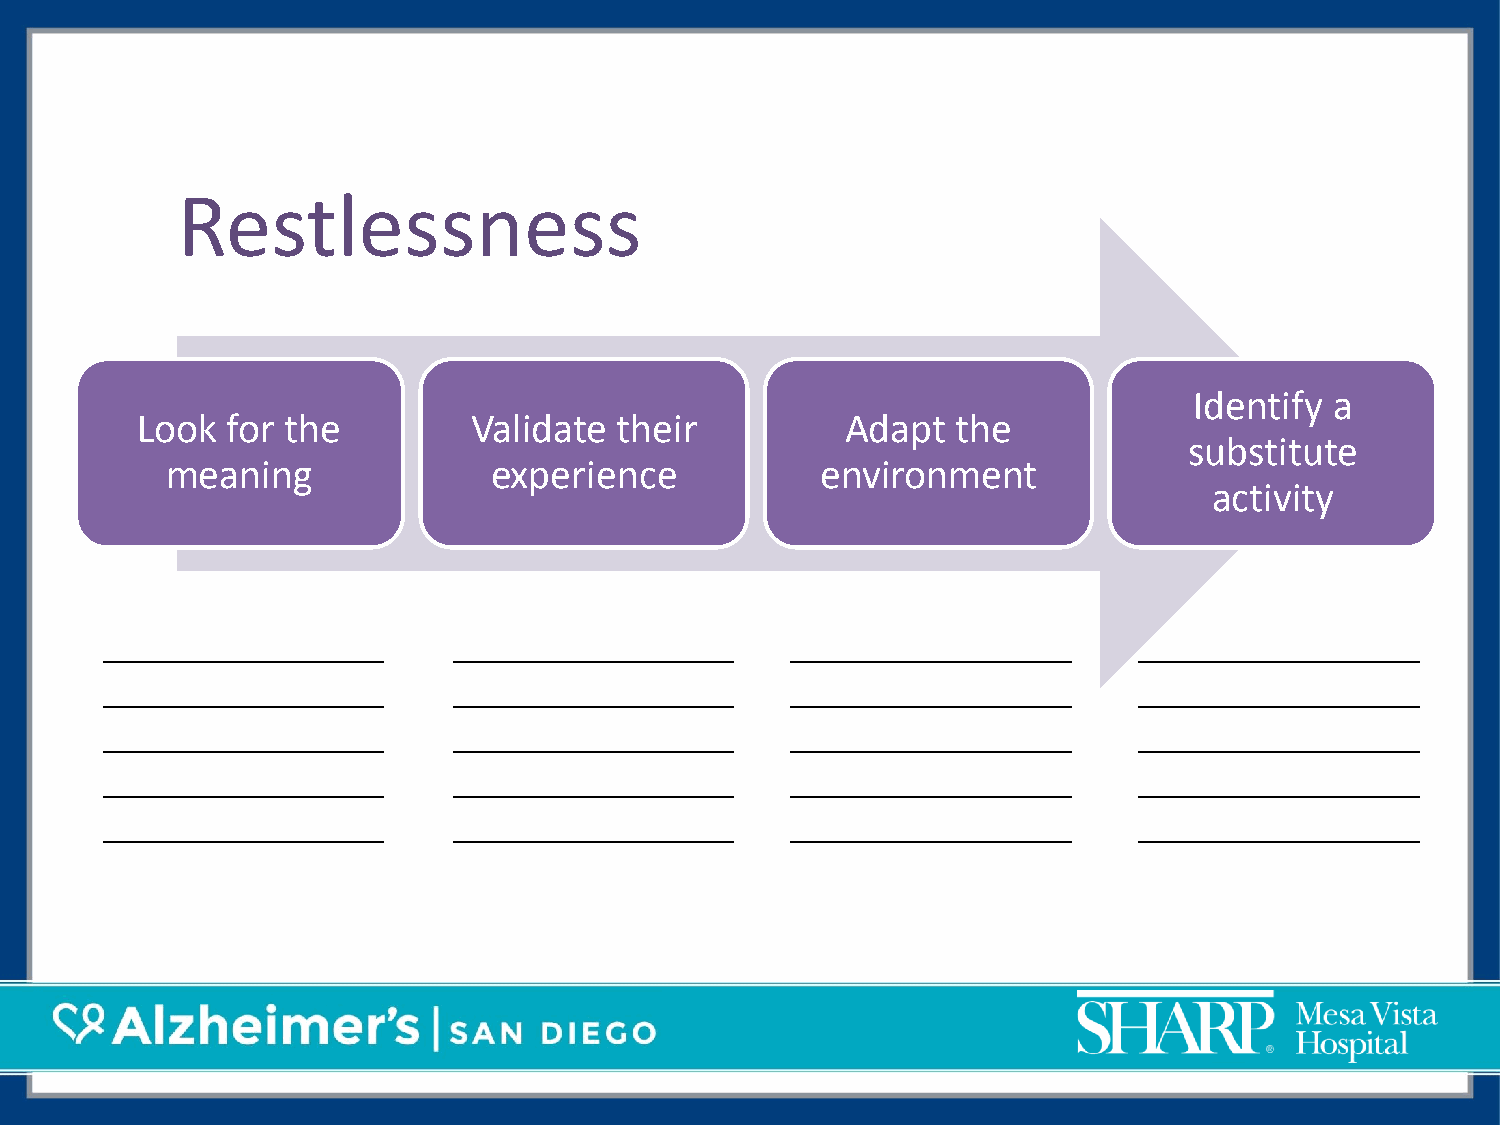
Restlessness
 Identify a
 Look  for the         Validate  their          Adapt  the
 substitute
 meaning               experience           environment
 activity
 _______________        _______________       _______________        _______________
 _______________        _______________       _______________        _______________
 _______________        _______________       _______________        _______________
 _______________        _______________       _______________        _______________
 _______________        _______________       _______________        _______________